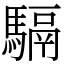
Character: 䮥